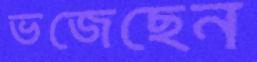
ভজেছেন